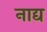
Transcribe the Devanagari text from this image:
नाद्य